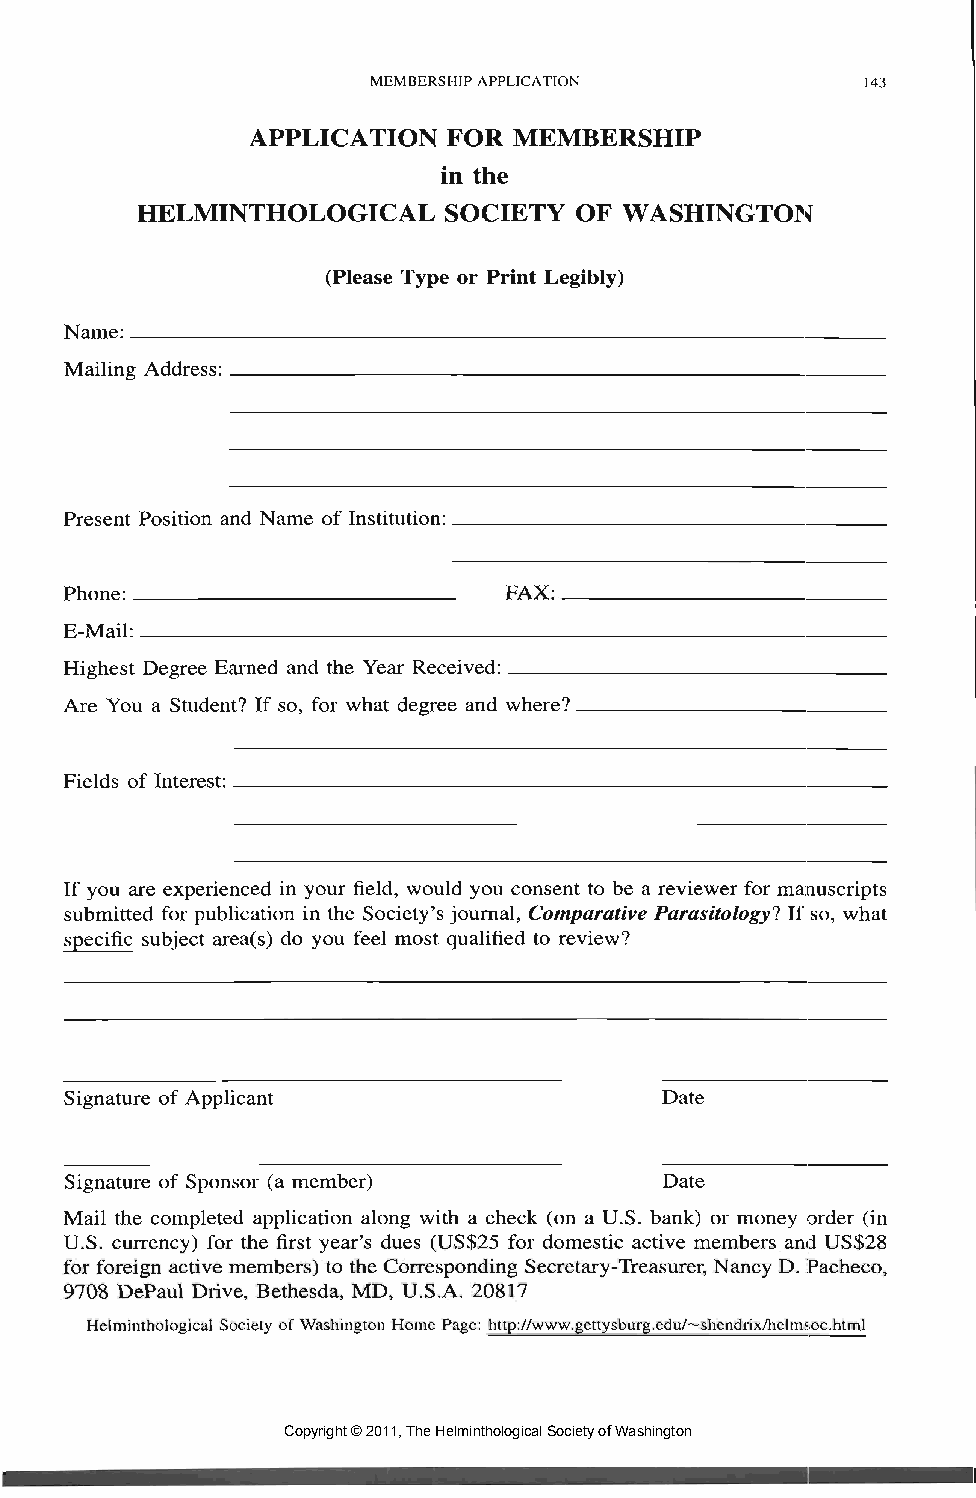
MEMBERSHIP APPLICATION          143
 APPLICATION  FOR MEMBERSHIP
 in the
 HELMINTHOLOGICAL    SOCIETY  OF WASHINGTON
 (Please Type or Print Legibly)
 Name:
 Mailing Address:
 Present Position and Name of Institution:
 Phone:                       FAX:
 E-Mail:
 Highest Degree Earned and the Year Received:
 Are You a Student? If so, for what degree and where?
 Fields of Interest:
 If you are experienced in your field, would you consent to be a reviewer for manuscripts
 submitted for publication in the Society's journal, Comparative Parasitologyl If so, what
 specific subject area(s) do you feel most qualified to review?
 Signature of Applicant                  Date
 Signature of Sponsor (a member)         Date
 Mail the completed application along with a check (on a U.S. bank) or money order (in
 U.S. currency) for the first year's dues (US$25 for domestic active members ami US$28
 for foreign active members) to the Corresponding Secretary-Treasurer, Nancy D. Pacheco,
 9708 DePaul Drive, Bethesda, MD, U.S.A. 20817
 Helminthological Society of Washington Home Page: http://www.gettysburg.edU/~shendrix/helms:oc.html
 Copyright © 2011, The Helminthological Society of Washington